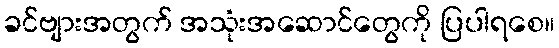
ခင်ဗျားအတွက် အသုံးအဆောင်တွေကို ပြပါရစေ။